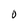
Character: O